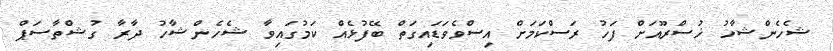
ޝެހެންޝާހު ޚުސްރޫއަށް ފަހު ރަސްކަމަށް އިސްވެވަޑައިގަތް ބޭފުޅެއް ކަމުގައިވާ ޝެހެންޝާހު ދާރާ ގުޝްތާސަޕް